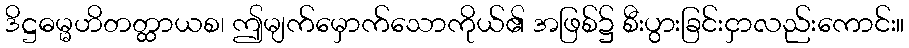
ဒိဋ္ဌဓမ္မဟိတတ္ထာယစ၊ ဤမျက်မှောက်သောကိုယ်၏ အဖြစ်၌ စီးပွားခြင်းငှာလည်းကောင်း။